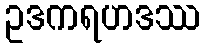
ဥဒကရဟဒဿ